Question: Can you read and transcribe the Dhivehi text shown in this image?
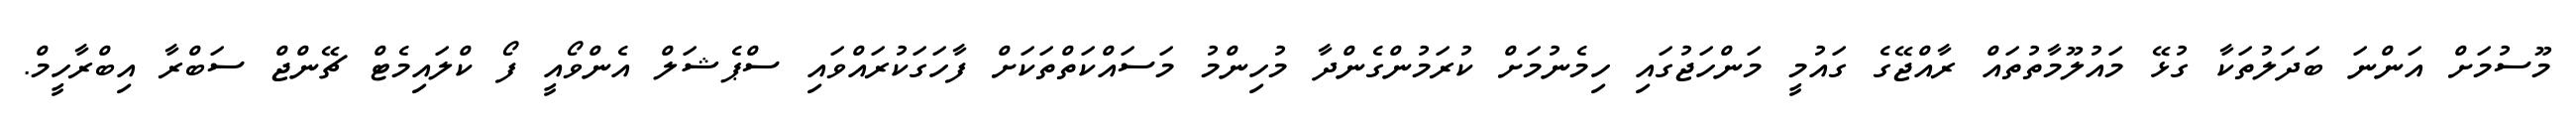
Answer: މޫސުމަށް އަންނަ ބަދަލުތަކާ ގުޅޭ މައުލޫމާތުތައް ރާއްޖޭގެ ގައުމީ މަންހަޖުގައި ހިމެނުމަށް ކުރަމުންގެންދާ މުހިންމު މަސައްކަތްތަކަށް ފާހަގަކުރައްވައި ސްޕެޝަލް އެންވޯއީ ފޯ ކްލައިމެޓް ޗޭންޖް ސަބްރާ އިބްރާހީމް.